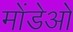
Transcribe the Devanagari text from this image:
मोंडेओ